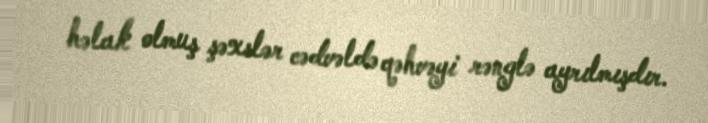
həlak olmuş şəxslər cədvəldə qəhvəyi rənglə ayrılmışdır.